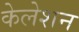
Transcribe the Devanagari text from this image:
केलेशन